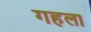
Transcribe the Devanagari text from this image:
गहला